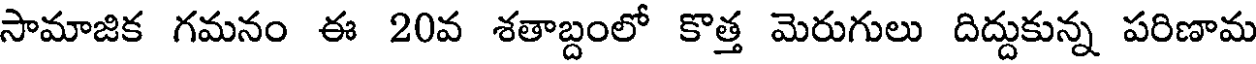
సామాజిక గమనం ఈ 20వ శతాబ్దంలో కొత్త మెరుగులు దిద్దుకున్న పరిణామ